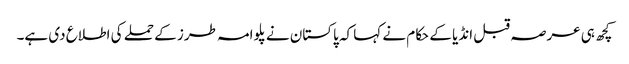
کچھ ہی عرصہ قبل انڈیا کے حکام نے کہا کہ پاکستان نے پلوامہ طرز کے حملے کی اطلاع دی ہے۔